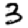
Digit: 3